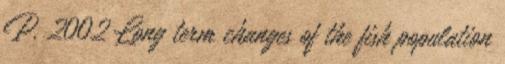
P. 2002 Long term changes of the fish population